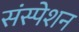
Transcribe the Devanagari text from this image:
संस्पेशन